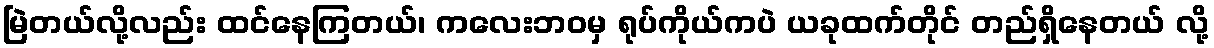
မြဲတယ်လို့လည်း ထင်နေကြတယ်၊ ကလေးဘဝမှ ရုပ်ကိုယ်ကပဲ ယခုထက်တိုင် တည်ရှိနေတယ် လို့